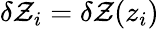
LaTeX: \delta\mathcal{Z}_{i}=\delta\mathcal{Z}(z_{i})